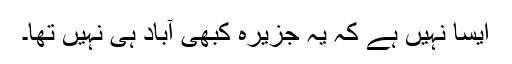
ایسا نہیں ہے کہ یہ جزیرہ کبھی آباد ہی نہیں تھا۔